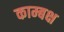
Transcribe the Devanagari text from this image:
काम्बक्ष